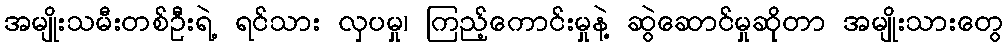
အမျိုးသမီးတစ်ဦးရဲ့ ရင်သား လှပမှု၊ ကြည့်ကောင်းမှုနဲ့ ဆွဲဆောင်မှုဆိုတာ အမျိုးသားတွေ